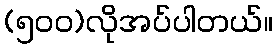
(၅၀၀)လိုအပ်ပါတယ်။